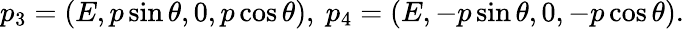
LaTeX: p_{3}=(E,p\sin\theta,0,p\cos\theta),~p_{4}=(E,-p\sin\theta,0,-p\cos\theta).